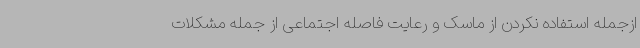
ازجمله استفاده نکردن از ماسک و رعایت فاصله اجتماعی از جمله مشکلات